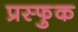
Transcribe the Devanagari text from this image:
प्रस्फुक